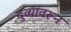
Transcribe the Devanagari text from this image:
दुव्यांवरून